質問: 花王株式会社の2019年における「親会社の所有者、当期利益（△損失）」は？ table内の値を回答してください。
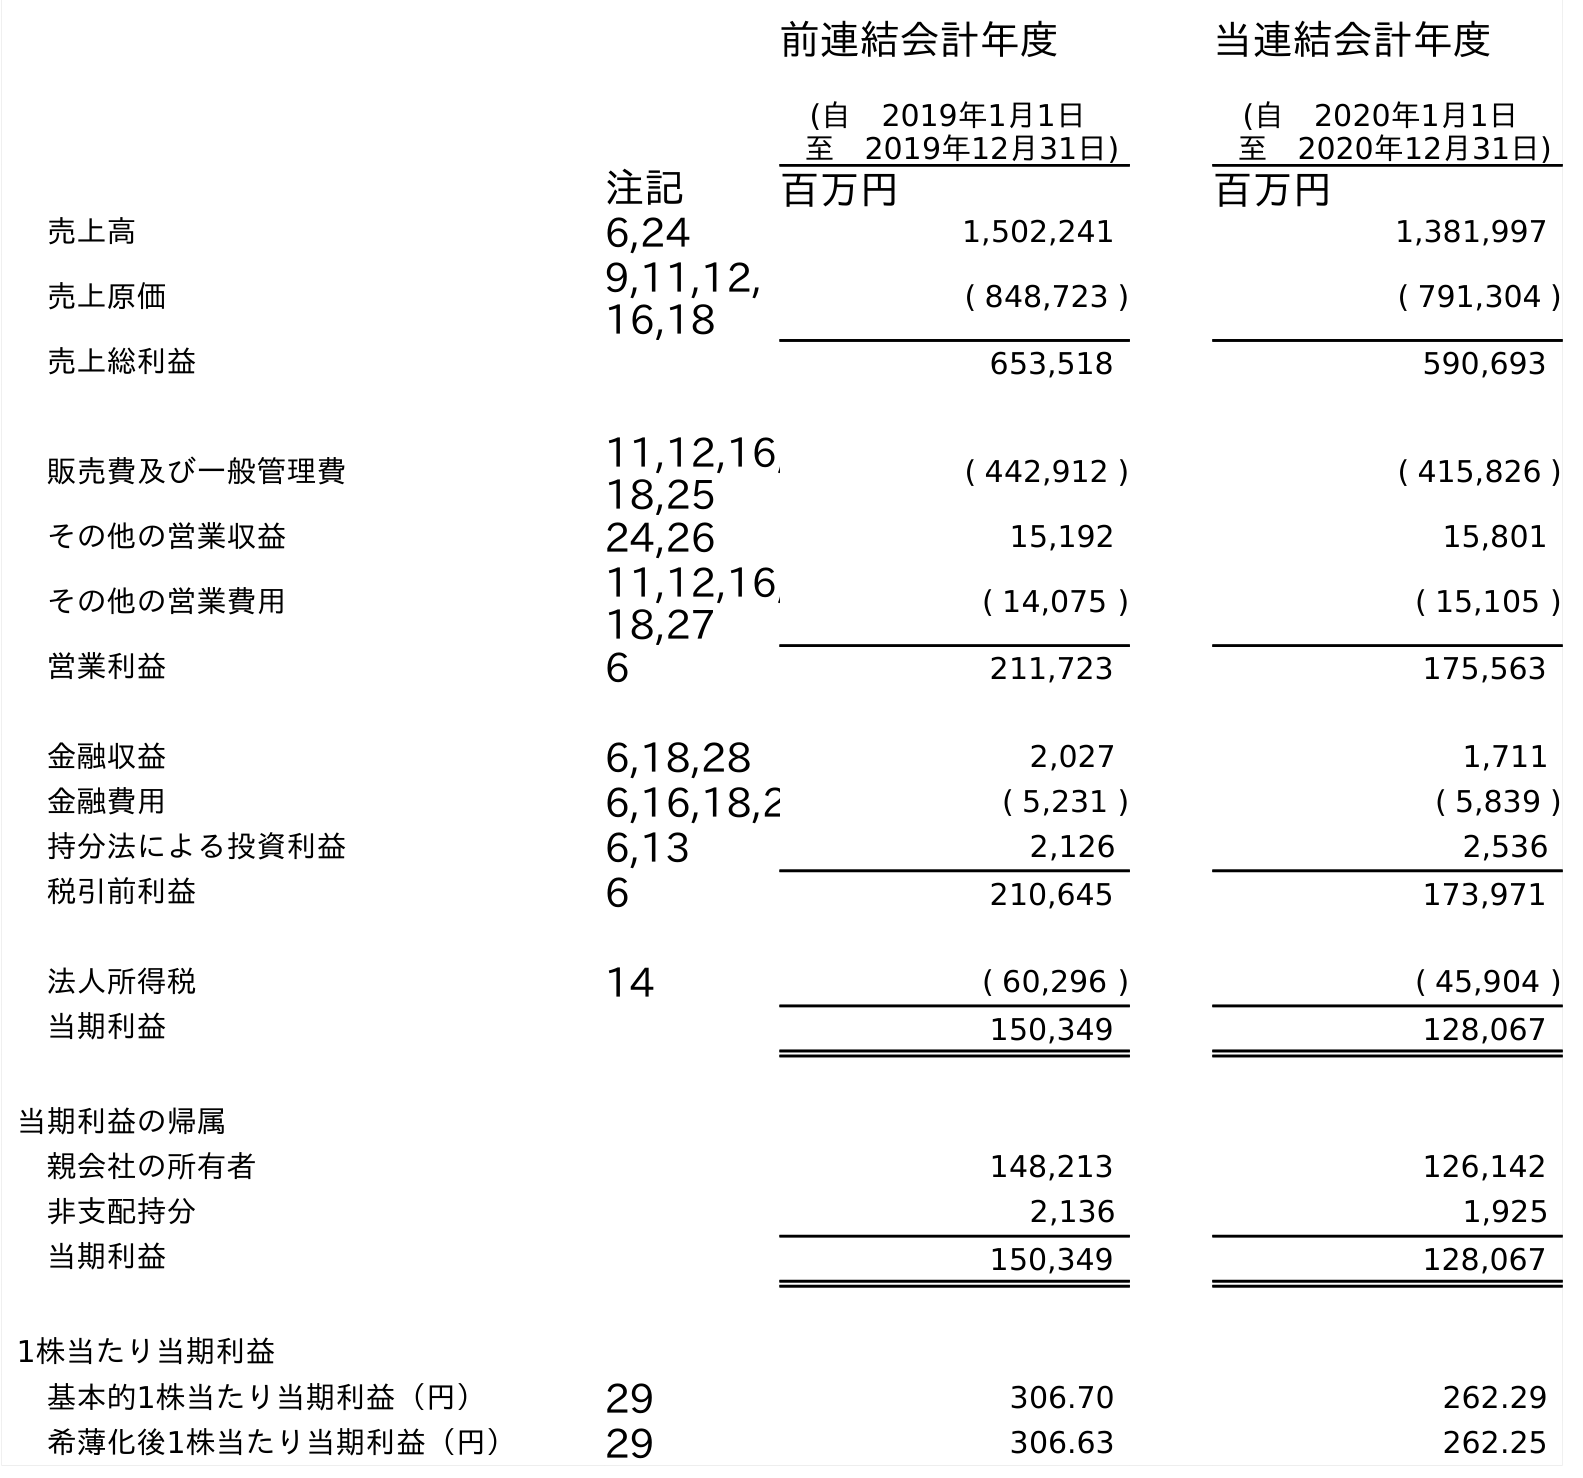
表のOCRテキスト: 前連結会計年度 (自 2019年1月1日 至 2019年12月31日) 当連結会計年度 (自 2020年1月1日 至 2020年12月31日) 注記 百万円 百万円 売上高 6,24 1,502,241 1,381,997 売上原価 9,11,12, 16,18 ( 848,723 ) ( 791,304 ) 売上総利益 653,518 590,693 販売費及び一般管理費 11,12,16, 18,25 ( 442,912 ) ( 415,826 ) その他の営業収益 24,26 15,192 15,801 その他の営業費用 11,12,16, 18,27 ( 14,075 ) ( 15,105 ) 営業利益 6 211,723 175,563 金融収益 6,18,28 2,027 1,711 金融費用 6,16,18,2 ( 5,231 ) ( 5,839 ) 持分法による投資利益 6,13 2,126 2,536 税引前利益 6 210,645 173,971 法人所得税 14 ( 60,296 ) ( 45,904 ) 当期利益 150,349 128,067 当期利益の帰属 親会社の所有者 148,213 126,142 非支配持分 2,136 1,925 当期利益 150,349 128,067 1株当たり当期利益 基本的1株当たり当期利益（円） 29 306.70 262.29 希薄化後1株当たり当期利益（円） 29 306.63 262.25
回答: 148,213